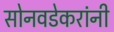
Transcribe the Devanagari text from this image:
सोनवडेकरांनी